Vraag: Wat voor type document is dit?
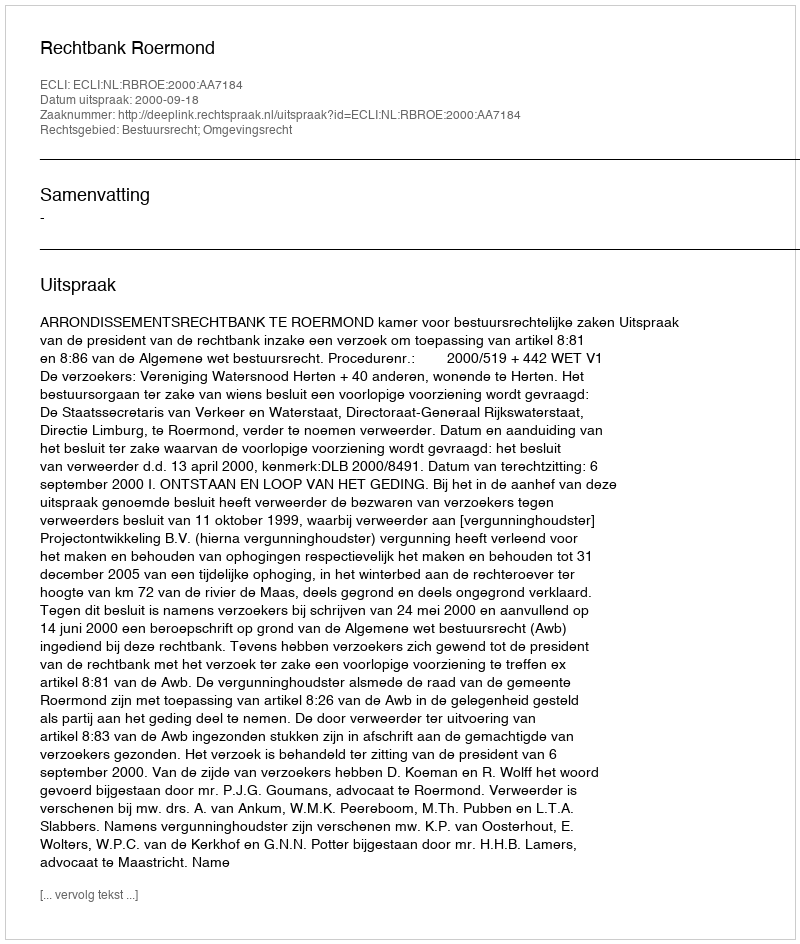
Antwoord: Uitspraak